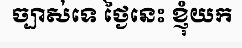
ច្បាស់ទេ ថ្ងៃនេះ ខ្ញុំយក